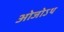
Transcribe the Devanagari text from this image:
ओजोऽथ